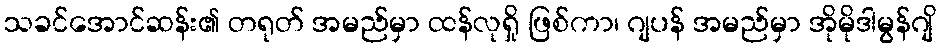
သခင်အောင်ဆန်း၏ တရုတ် အမည်မှာ ထန်လုရှို ဖြစ်ကာ၊ ဂျပန် အမည်မှာ အိုမိုဒါမွန်ဂျိ